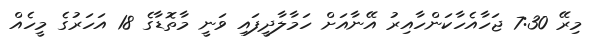
މިރޭ 7:30 ޖަހާއެހާކަންހާއިރު އޭނާއަށް ހަމާލާދީފައި ވަނީ މާތޮޑާގެ 18 އަހަރުގެ މީހެއް